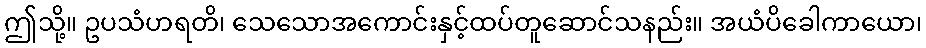
ဤသို့။ ဥပသံဟရတိ၊ သေသောအကောင်းနှင့်ထပ်တူဆောင်သနည်း။ အယံပိခေါကာယော၊